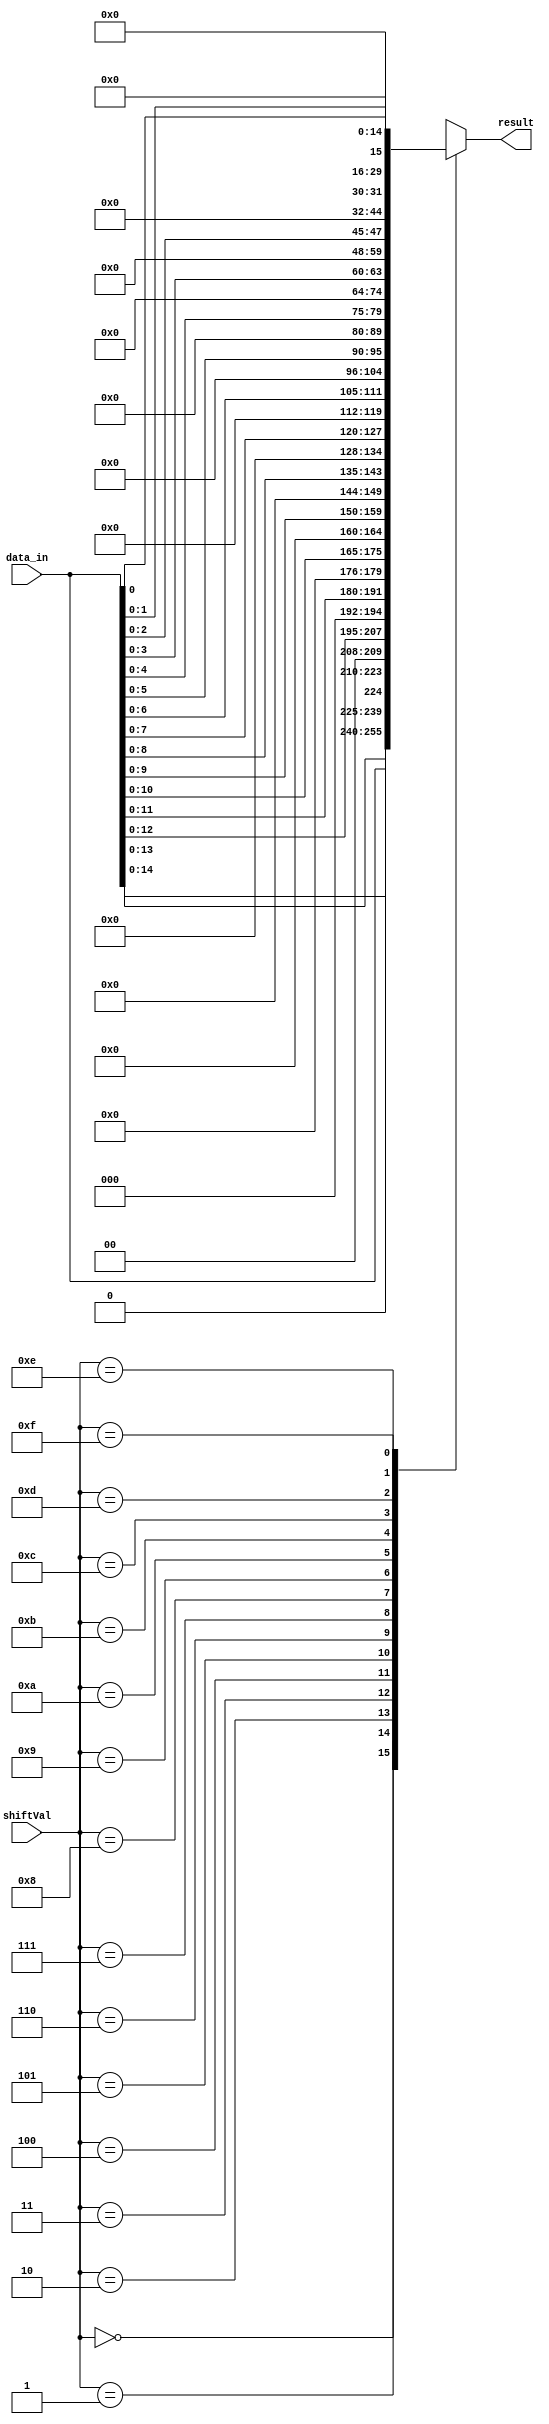
module LeftShiftSelector (data_in, shiftVal, result);

  // ports
  input [15:0] data_in;     // Input data to be shifted (16 bits)
  input [3:0] shiftVal;     // Number of bits to shift
  output reg [15:0] result;     // Output shifted data
  reg error;          // Error flag

  always @(data_in, shiftVal) begin
    case (shiftVal)
      4'd0: begin
        result = data_in;
        error = 0;
      end
      4'd1: begin
        result = data_in << 1;
        error = 0;
      end
      4'd2: begin
        result = data_in << 2;
        error = 0;
      end
      4'd3: begin
        result = data_in << 3;
        error = 0;
      end
      4'd4: begin
        result = data_in << 4;
        error = 0;
      end
      4'd5: begin
        result = data_in << 5;
        error = 0;
      end
      4'd6: begin
        result = data_in << 6;
        error = 0;
      end
      4'd7: begin
        result = data_in << 7;
        error = 0;
      end
      4'd8: begin
        result = data_in << 8;
        error = 0;
      end
      4'd9: begin
        result = data_in << 9;
        error = 0;
      end
      4'd10: begin
        result = data_in << 10;
        error = 0;
      end
      4'd11: begin
        result = data_in << 11;
        error = 0;
      end
      4'd12: begin
        result = data_in << 12;
        error = 0;
      end
      4'd13: begin
        result = data_in << 13;
        error = 0;
      end
      4'd14: begin
        result = data_in << 14;
        error = 0;
      end
      4'd15: begin
        result = data_in << 15;
        error = 0;
      end
      default: begin
        error = 1;      // Set error flag for default case
      end
    endcase
  end

endmodule